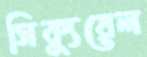
সিক্যুয়েল